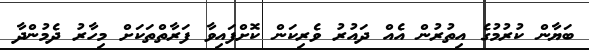
ބަޔާން ކުރުމުގެ އިތުރުން އެއް ދައުރު ވެރިކަން ކޮށްފައިވާ ފަރާތްތަކަށް މިހާރު ދެމުންދާ